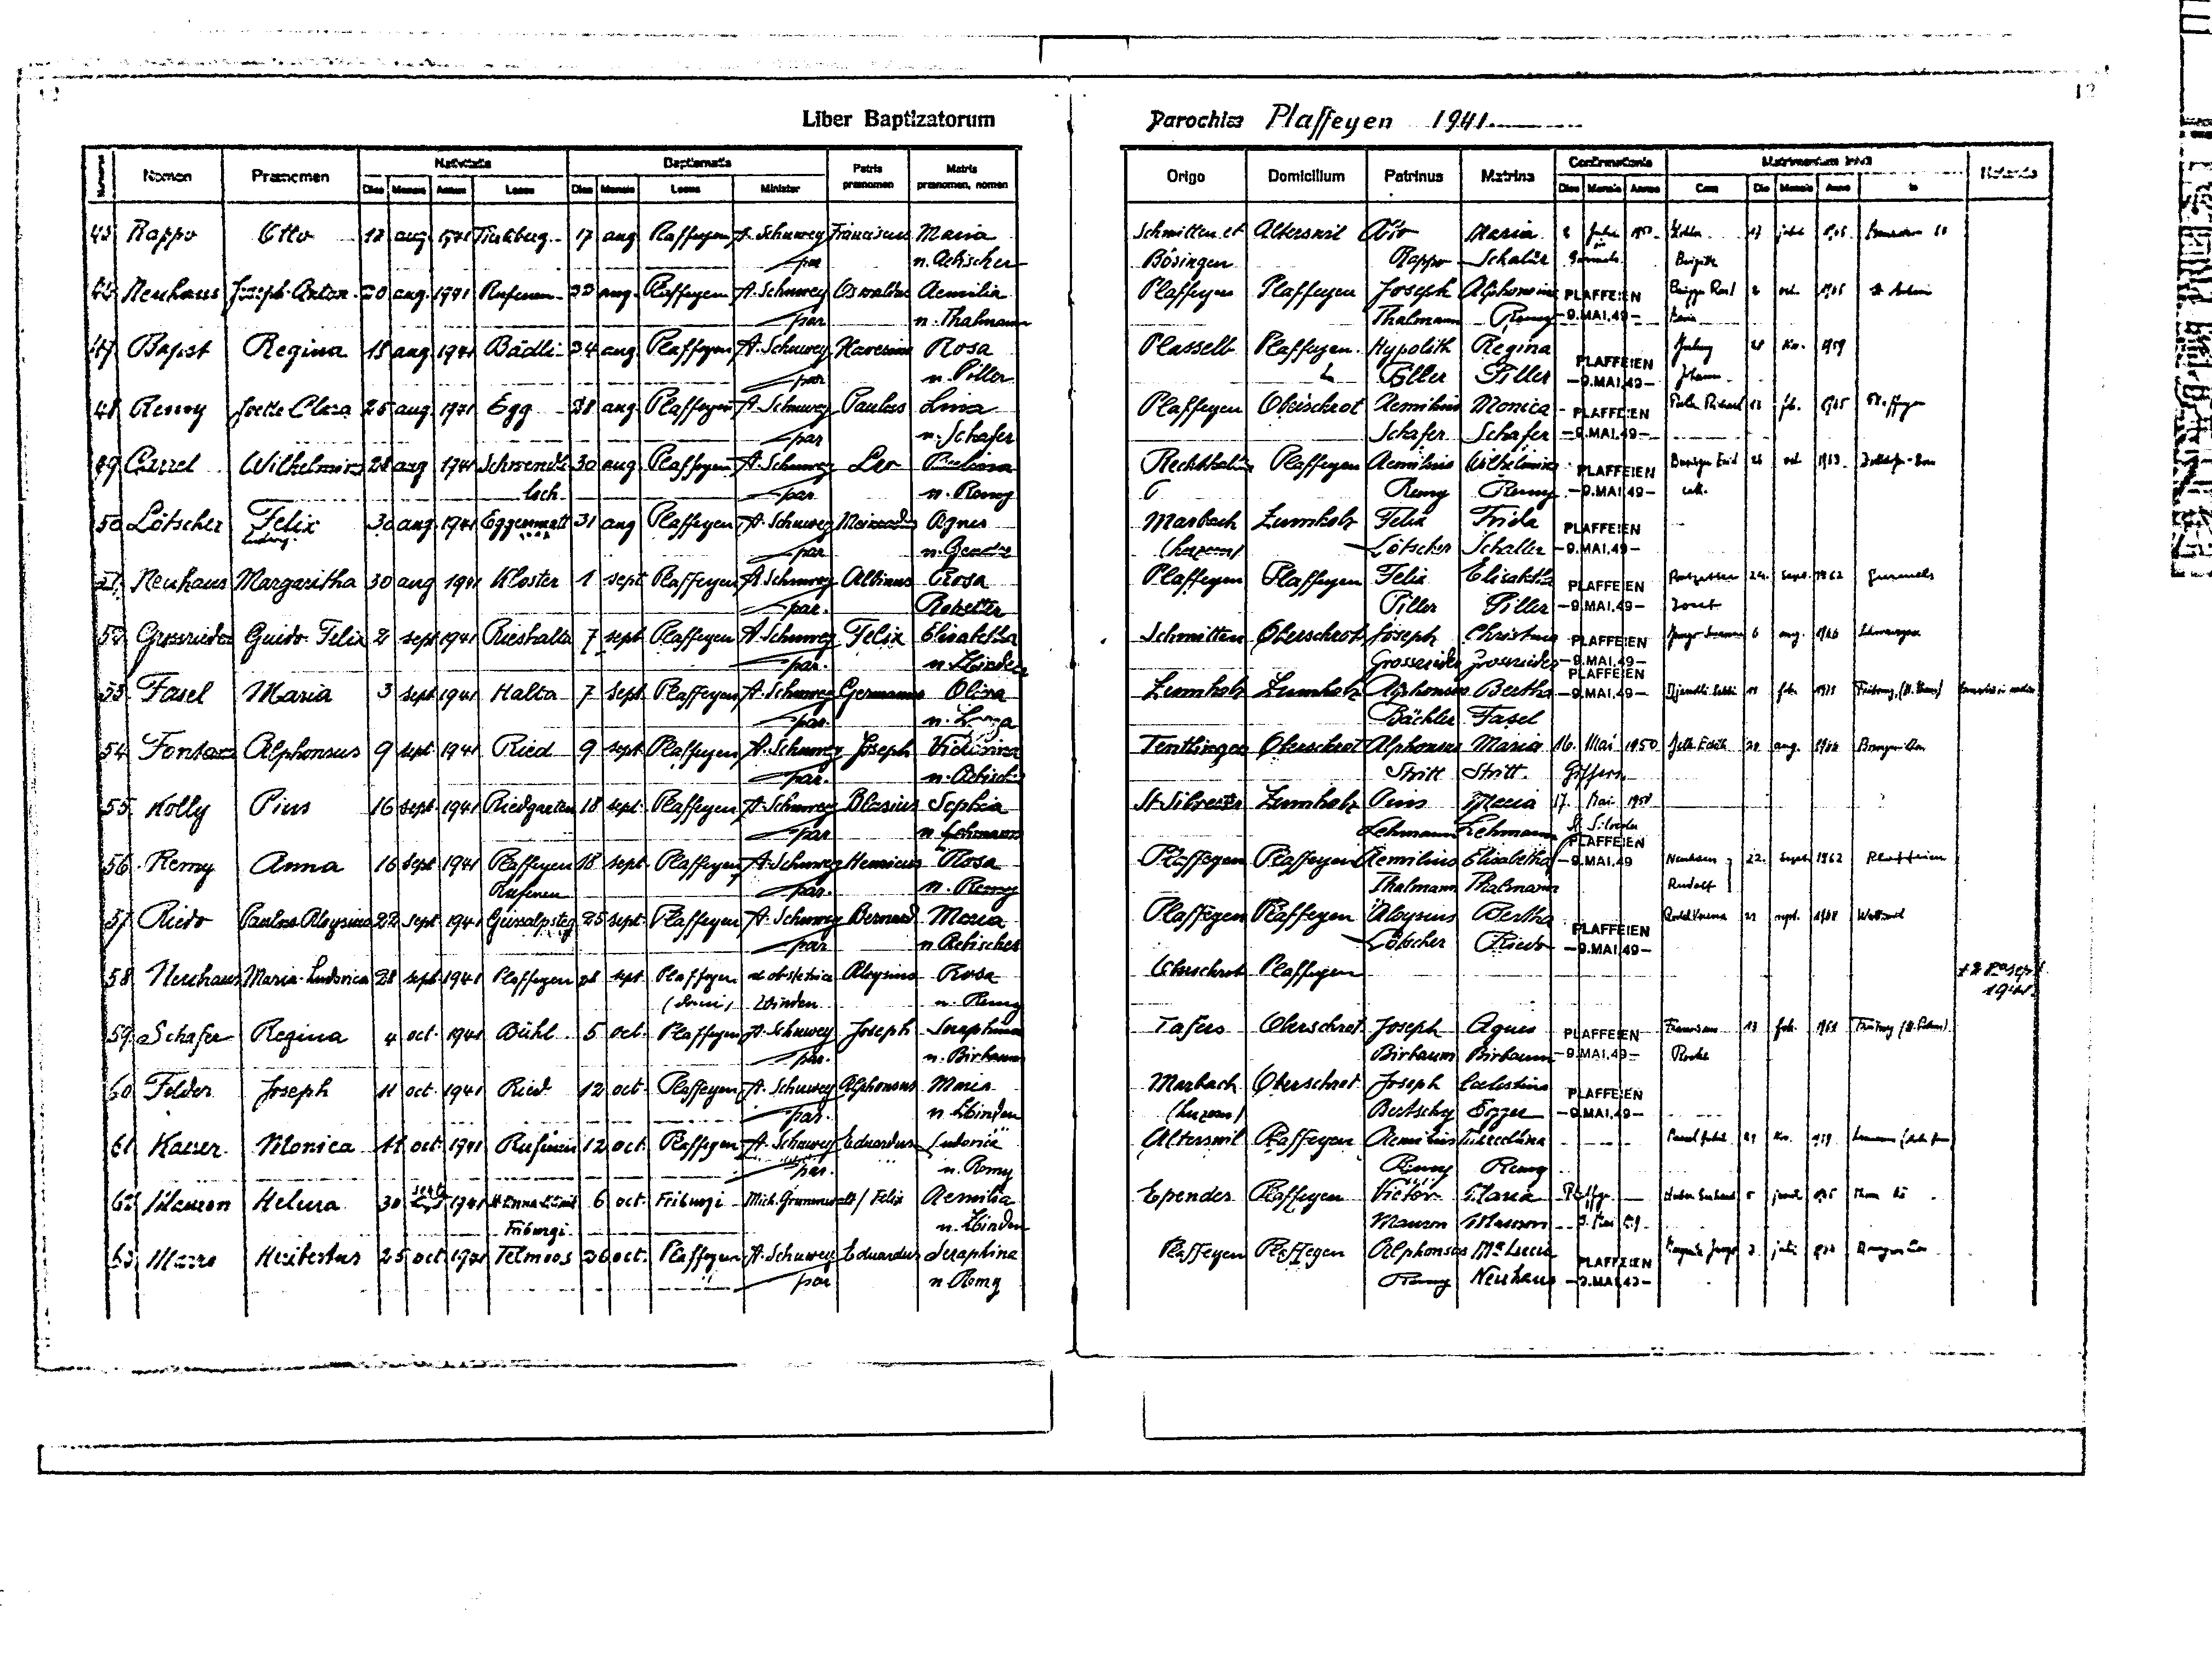
Liber Baptizatorum
Parochiae Plaffeyen 1941
Matrimonium inivit
Baptismatis
Confirmatiis
Nativitatis
Patris
Matris
Notanda
Domicilium
in
Nomen Praenomen
Patrinus
Origo
Matrina
praenomen praenomen, nomen
Minister
Dies Mensis Annus Cum Die Mensis Anno
De Mensis Locus
Dies Mensis Annus
Locus
17 Julii 1962 Couchu
Schmitten et Alterswil Otto Maria 2 Juli 1950 Piller
45 Rappo
Otto 18 aug 1941 Tierliberg 17 aug Plaffeyen A. Schuwey Franciscus Maria
Rappo Schaller Gurmels Brigitte
n. Aebischer
Bösingen
par
Plaffeyen Plaffeyen Joseph Alphonsina PLAFFEIEN Brügger Rltorf 2 oct. 1965 St. Antoni
46 Neuhaus Joseph-Arton 20 aug. 1941 Rufenen 22 aug. Plaffeyen A. Schuwey Arnoldus Aemilia
Thalman Remy -9.MAI.49- Maria
par
n. Thalmann
Julmy 28 Ma 1959
Plasselb Plaffeyen Hypolith Regina PLAFFEIEN
47 Bapst Regina 18 aug. 1941 Bädli 24 maj. Plaffeyen A. Schuwey Xaverius Rosa
n. Piller
Piller Piller -9.MAI.49- Johann
par
Plaffeyen Oberschrot Aemilius Monica PLAFFEIEN Bicder Richard 18 febr. 1965 Plaffeyen
48 Remy Yvette-Clara 25 aug. 1941 Egg 28 aug. Plaffeyen A. Schuwey Paulus Lina
Schafer Schafer -9.MAI.49-
n. Schafer
par
Bösiger Emil 26 oct. 1963 Zollikofen-Bern
Rechthalten Plaffeyen Aemilius Wilhelmina PLAFFEIEN
49 Carrel Wilhemina 28 aug. 1941 Schwendli 30 aug Plaffeyen A. Schuwy Leo Paulina
Remy Remy -9.MAI.49- cath.
n. Remy
par
loch
Marbach Zumholz Felix Frida PLAFFEIEN
50 Lötscher Felix 30 aug. 1941 Eggersmatt 31 aug Plaffeyen A. Schuwey Meinardus Agnes
Ludwig.
Lötscher Schaller -9.MAI.49-
(Luzern)
n. Gendre
par
Rotzetter 24. Sept 1962
Gurmels
Plaffeyen Plaffeyen Felix Elisabetha PLAFFEIEN
51. Neuhaus Margaritha 30 aug 1941 Kloster 1 sept Plaffeyen A. Schuwey Albinus Rosa
Piller Piller -9.MAI.49- Josef
par.
Rotzetter
Schmitten Oberschrot Joseph Christana PLAFFEIEN Jungo Hlronire 6 aug. 1966 Schwarzsee
52 Grossrieder Guido Felix 2 sept. 1941 Rieshallta 7 sept Plaffeyen A. Schuwey Felix Elisabetha
Grossrieder Grossrieder -9.MAI.49-
n. Zbinden
par.
PLAFFEIEN
Zumholz Zumholz Alphonsus Bertha -9.MAI.49- Clisaadde Petia 18 febr 1979 Freiburg (St. Rrs) Geuntointe
53 Fasel Maria 3 sept 1941 Halta 7 sept Plaffeyen A. Schuwey Germanus Oliva
Bächler Facel
par
n. Lozza
Tentlingen Oberschrot Alphonsus Maria 16 Mai 1950 Jelk Edith 20 aug. 1966 Bourguillon
54 Fontana Alphonsus 9 sept. 1941 Ried 9 sept Plaffeyen A. Schuwey Joseph Victorina
Stritt Stritt Giffers
n. Aebischer
par.
St. Silvester Zumholz Pius Maria 17 Mai 1950
55 Kolly Pius 16 sept. 1941 Riedgarten 18 sept Plaffeyen A. Schuwey Blasius Sophia
St. Silvester
par n. Lehmann
Lehmann Lehmann PLAFFEIEN
Plaffeyen Plaffeyen Aemilius Elisabetha -9.MAI.49 Neuhaus 22. Sept 1962 Plaffeien
56 Remy Anna 16 sept. 1941 Plaffeyen 18 sept Plaffeyen A. Schuwey Henricus Rosa
Rudolf
Thalmann Thalmann
n. Remy
par.
Rufenen
Redel Verena 21 sept. 1968 Wallenried
Plaffeyen Plaffeyen Aloysius Bertha PLAFFEIEN
57 Riedo Paulus Aloysius 22 sept. 1941 Geissalpsteg 25 sept Plaffeyen A. Schuwey Bernard. Maria
n. Aebischer
Lötscher Riedo -9.MAI.49-
par.
Oberschrot Plaffeyen
58 Neuhaus Maria-Ludovica 28 sept. 1941 Plaffeyen 28 sept. Plaffeyen ab obstetrica Aloysius Rosa
† 28 Sept.
1941
n. Remy
(domi) Zbinden
Tafers Oberschrot Joseph Agnes PLAFFEIEN Franciscus 13 febr. 1961 Freiburg (St. xxxx)
59. Schafer Regina 4 oct. 1941 Bühl 5 oct. Plaffeyen A. Schuwey Joseph Seraphina
Birbaum Birbaum -9.MAI.49- Roche
n. Birbaum
par.
Marbach Oberschrot Joseph Caelestina PLAFFEIEN
60 Felder Joseph 11 oct. 1941 Ried 12 oct. Plaffeyen A. Schuwey Alphonsus Maria
Bertschy Egger -9.MAI.49-
n. Zbinden
(Luzern)
par.
Marcel Baltil 21 Nov 1959 Lausanne (Stchalen)
Alteswil Plaffeyen Aemilius Marcelina
61 Kaeser Monica 11 oct. 1941 Rufenen 12 oct. Plaffeyen A. Schuwey Eduardus Ludovica
par
Remy Remy
n. Remy
Huber Gerhard 5 junii 1965 Thun BE
Ependes Plaffeyen Viktor Maria Plaffeyen
sept
62 Mauron Helena 30 xxxx 1941 St.Anna.Klinik 6 oct Friburgi Mich Grunwald / Felix Aemilia
Mauron Mauron 9. Mai 1949
n. Zbinden
Friburgi
Margerita Jungo 7 julii 1964 Bourguillon
Plaffeyen Plaffeyen Alphonsus Ma Lucia
63 Marro Heribertus 25 oct. 1941 Telmoos 26 oct. Plaffeyen A. Schuwey Eduardus Seraphina
PLAFFEIEN
Remy Neuhaus -9.MAI.49-
par
n. Remy